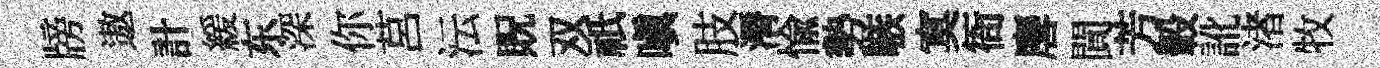
牓遨計緩东深你莒沄貺双祇嗔肢漘愉勢嗾寞衙麐閴芳轂訛渚牧